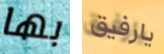
بها يارفيق